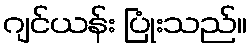
ဂျင်ယန်း ပြုံးသည်။